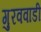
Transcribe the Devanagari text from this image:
गुरववाडी